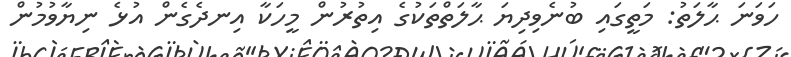
ހަވަނަ ޙާލަތު: މަތީގައި ބުނެވިދިޔަ ޙާލަތްތަކުގެ އިތުރުން މީހަކާ އިނދެގެން އުޅެ ނިޔާވުމުން